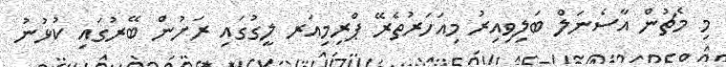
މި މެޗުން އާސެނަލް ބަލިވިއިރު މިއަހަރުތެރޭ ޕްރިމިއަރ ލީގުގައި ރަށުން ބޭރުގައި ކުޅުނު